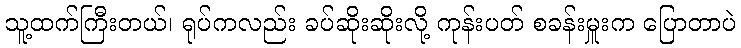
သူ့ထက်ကြီးတယ်၊ ရုပ်ကလည်း ခပ်ဆိုးဆိုးလို့ ကုန်းပတ် စခန်းမှူးက ပြောတာပဲ